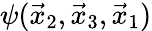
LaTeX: \psi(\vec{x}_{2},\vec{x}_{3},\vec{x}_{1})